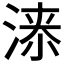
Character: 𱧰